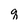
Character: q